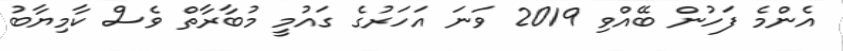
އެންމެ ފަހުން ބޭއްވި 2019 ވަނަ އަހަރުގެ ގައުމީ މުބާރާތް ވެސް ކާމިޔާބު